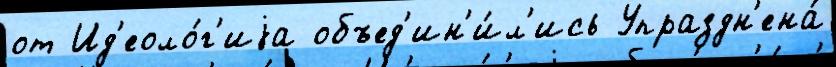
от Ид'еоло́г'иjа объед'ин'и́л'ись Упраздн'ена́